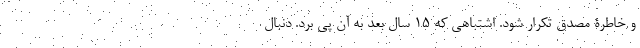
و خاطرۀ مصدق تکرار شود. اشتباهی که 15 سال بعد به آن پی برد. دنبال